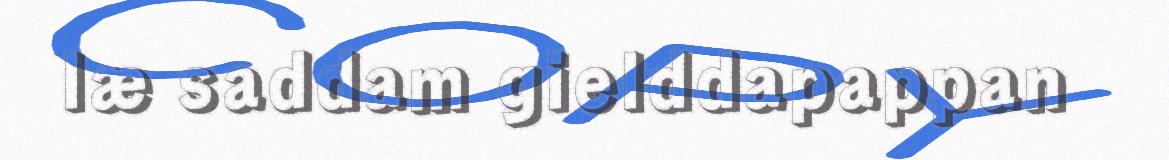
læ saddam gielddapappan